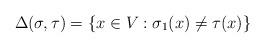
LaTeX: \begin{align*}\Delta(\sigma,\tau)=\{x\in V: \sigma_1(x)\neq\tau(x)\}\end{align*}